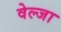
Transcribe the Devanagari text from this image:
वेल्जा